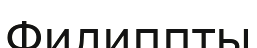
Филиппты